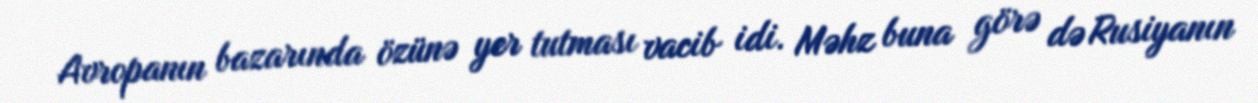
Avropanın bazarında özünə yer tutması vacib idi. Məhz buna görə də Rusiyanın